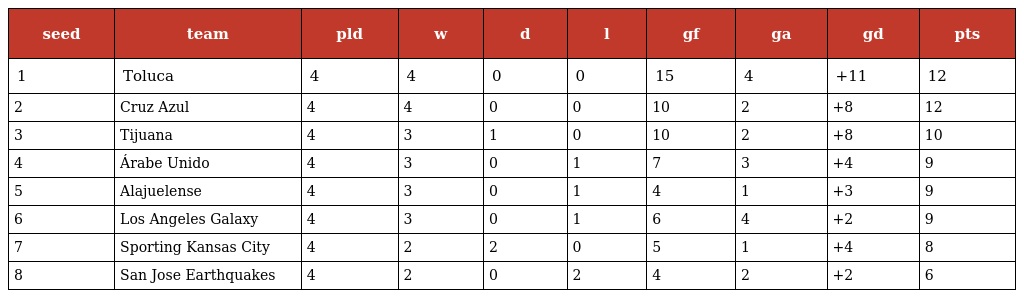
| seed | team | pld | w | d | l | gf | ga | gd | pts |
 | --- | --- | --- | --- | --- | --- | --- | --- | --- | --- |
 | 1 | Toluca | 4 | 4 | 0 | 0 | 15 | 4 | +11 | 12 |
 | 2 | Cruz Azul | 4 | 4 | 0 | 0 | 10 | 2 | +8 | 12 |
 | 3 | Tijuana | 4 | 3 | 1 | 0 | 10 | 2 | +8 | 10 |
 | 4 | Árabe Unido | 4 | 3 | 0 | 1 | 7 | 3 | +4 | 9 |
 | 5 | Alajuelense | 4 | 3 | 0 | 1 | 4 | 1 | +3 | 9 |
 | 6 | Los Angeles Galaxy | 4 | 3 | 0 | 1 | 6 | 4 | +2 | 9 |
 | 7 | Sporting Kansas City | 4 | 2 | 2 | 0 | 5 | 1 | +4 | 8 |
 | 8 | San Jose Earthquakes | 4 | 2 | 0 | 2 | 4 | 2 | +2 | 6 |